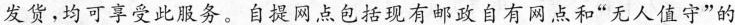
发货，均可享受此服务。自提网点包括现有邮政自有网点和”无人值守”的